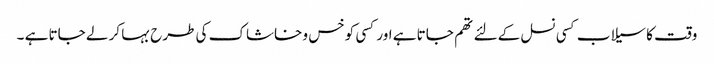
وقت کا سیلاب کسی نسل کےلئے تھم جاتا ہے اور کسی کو خس و خاشاک کی طرح بہا کر لے جاتا ہے ۔